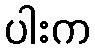
ပါးက